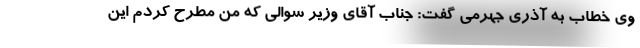
وی خطاب به آذری جهرمی گفت: جناب آقای وزیر سوالی که من مطرح کردم این